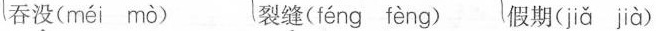
吞没( méi mò ) 裂缝( féng fèng ) 假期( jǎ jià )